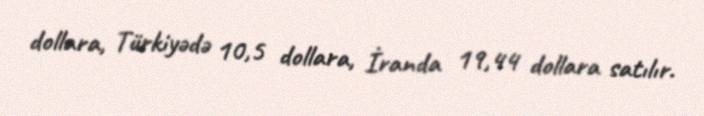
dollara, Türkiyədə 10,5 dollara, İranda 19,44 dollara satılır.